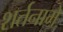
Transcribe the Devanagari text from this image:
शर्तनामे